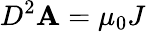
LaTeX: D^{2}\mathbf{A}=\mu_{0}J